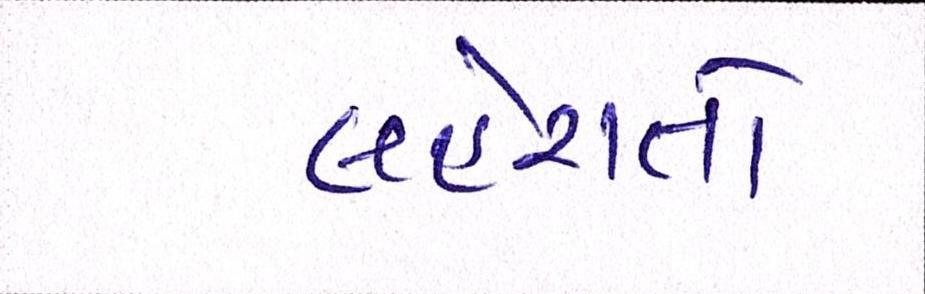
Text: લહેરાતો